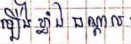
ឡើងខ្លាំងបណ្តាល